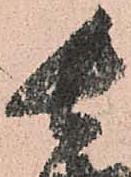
長